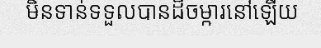
មិនទាន់ទទួលបានដីចម្ការនៅឡើយ